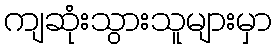
ကျဆုံးသွားသူများမှာ